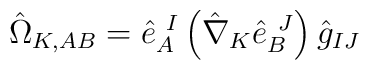
\hat\Omega_{K,AB}=\hat{e}_A^{\ I}\left(\hat\nabla_K\hat{e}_B^{\ J}\right)\hat{g}_{IJ}